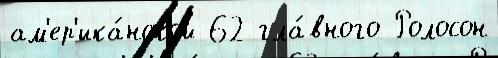
ам'ер'ика́нской 62 гла́вного Ролосон